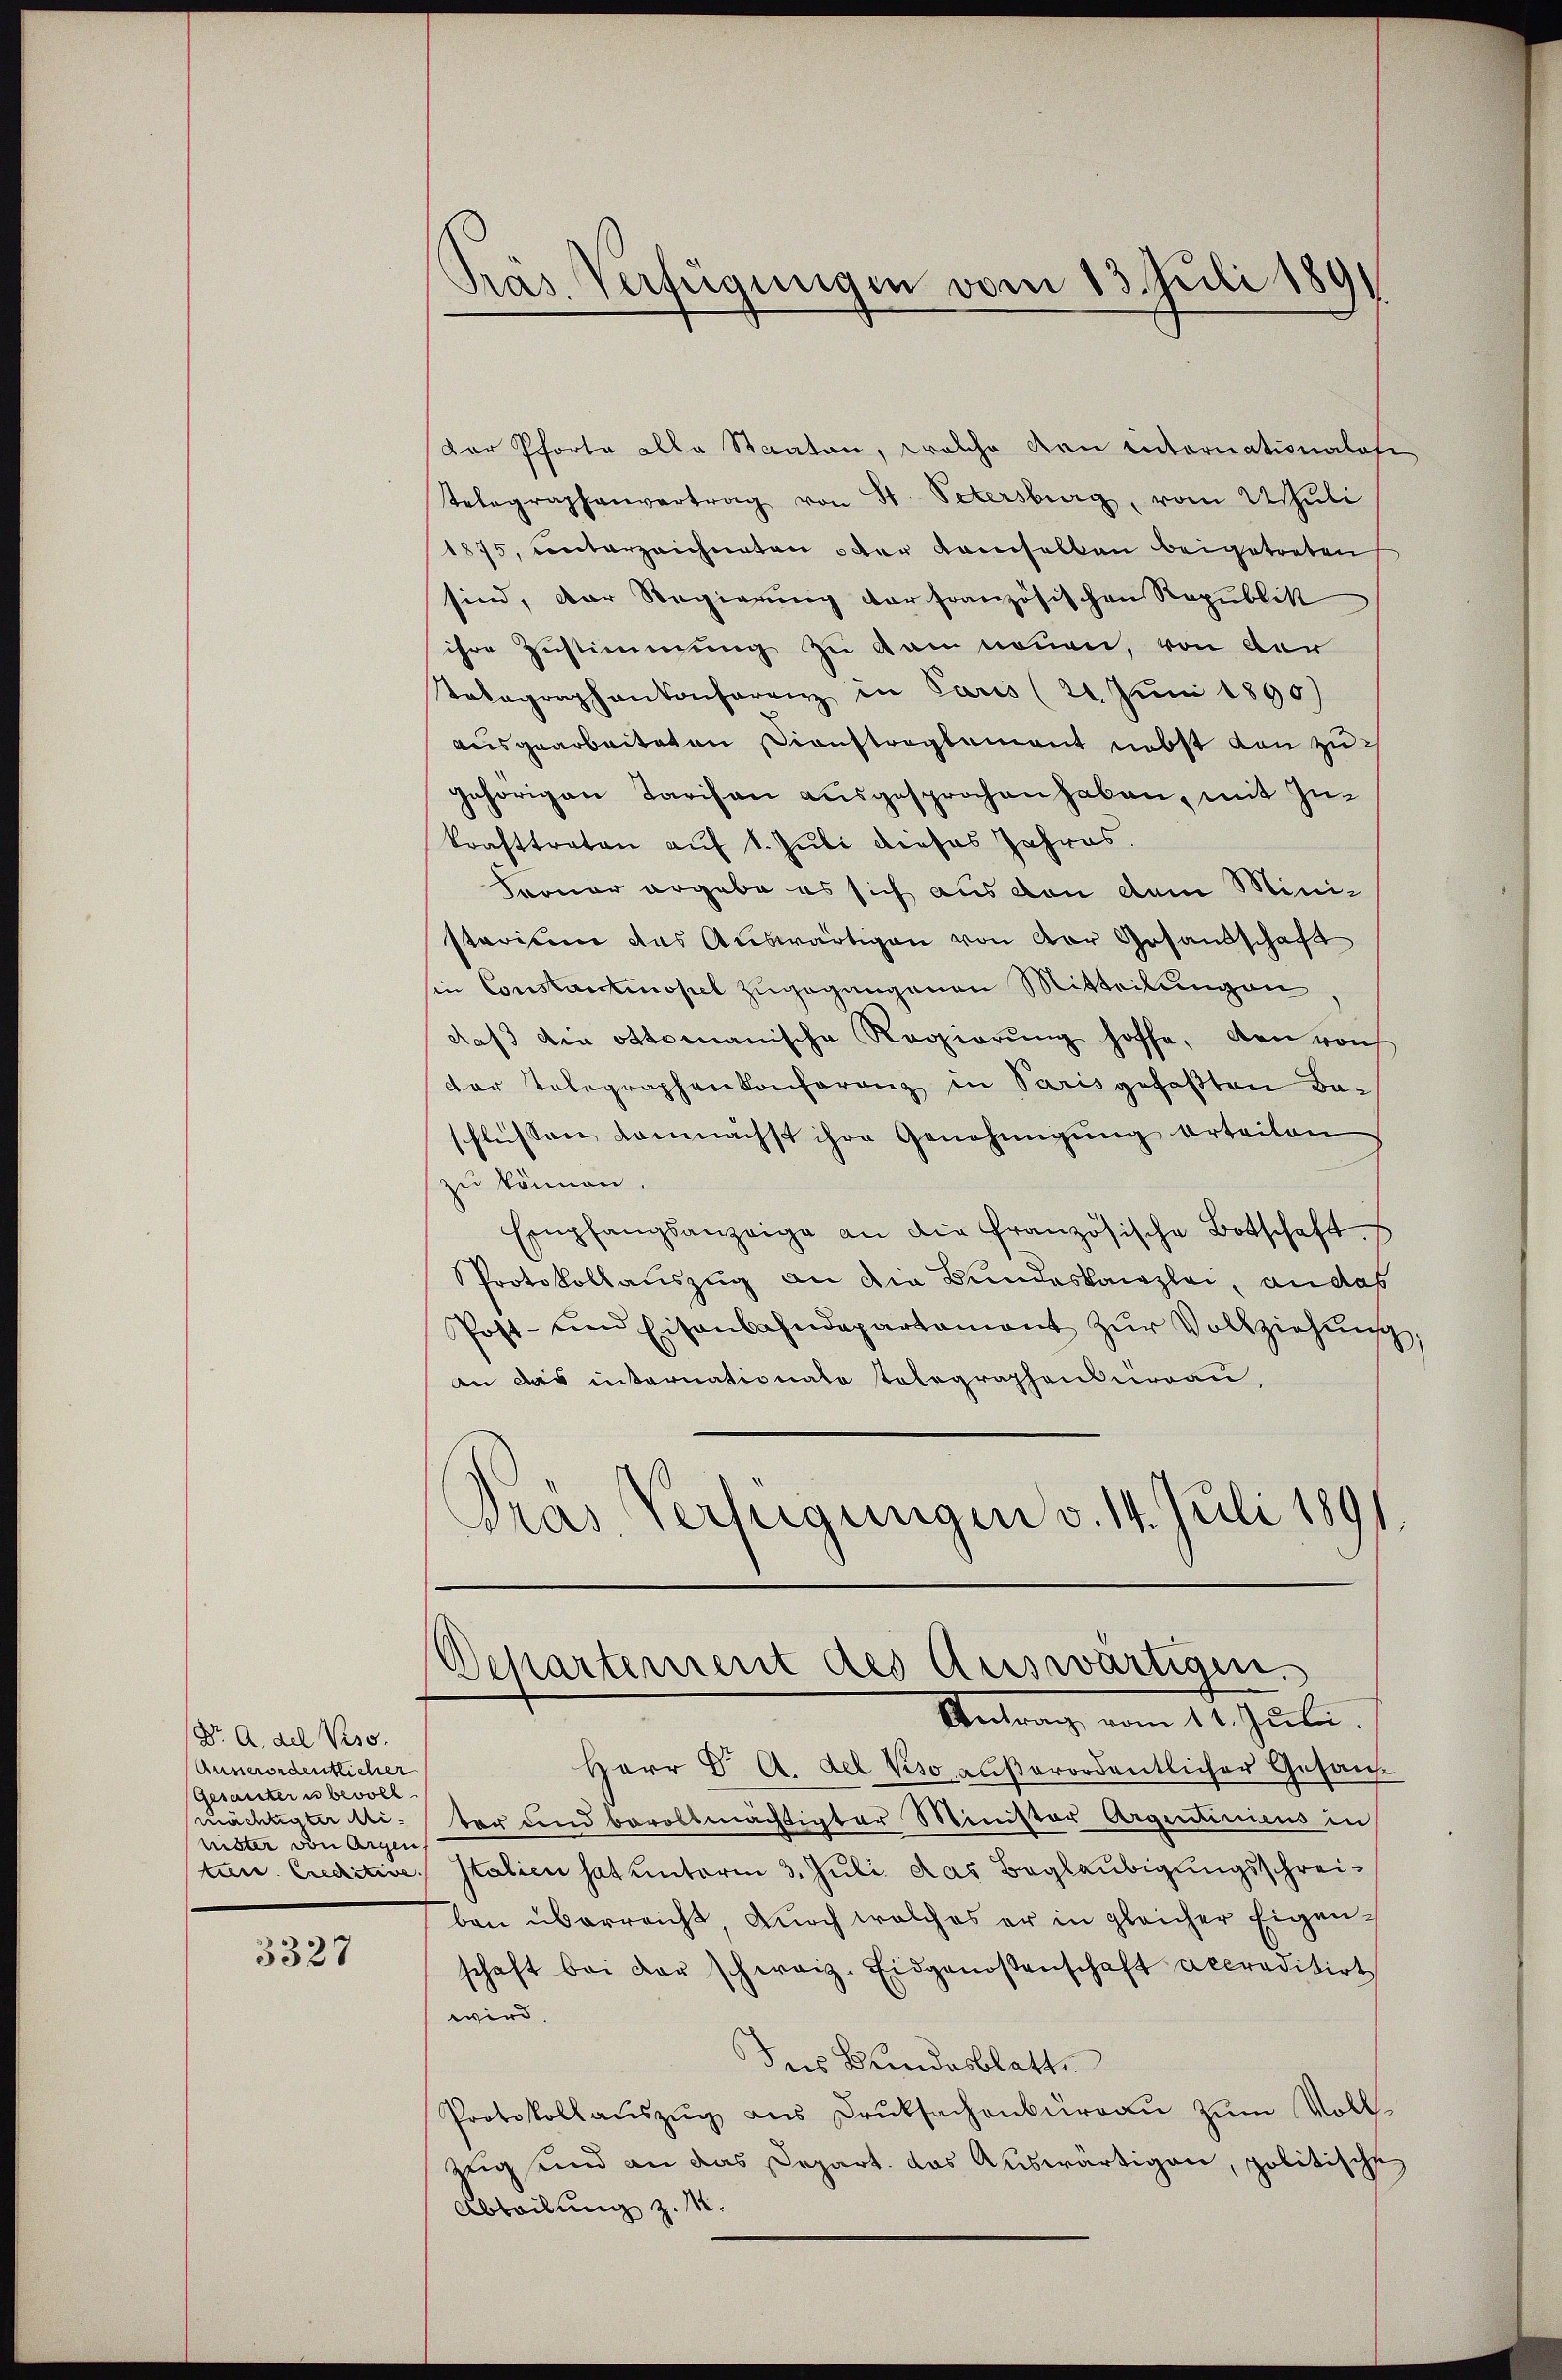
(Dr. A. del Viso.
Ausserordentlicher
Gesantern bevoll.
mächtigter Minister von Argen
tun. Erschitive.

3327

Pras. Verfügungen vom 13. Juli 1891

Der Pforte alle Staaten, welche den internationalosi
Telegraphenvertrag von St. Petersburg, vom Juli
1875, unterzeichneten oder Kamselben beigetreten
sind, der Regierung der französischen Republik
ihre Zustimmung zu kam neuen, von der
Tokagraphenkonferenz in Paris (21. Juni 1890)
ausgearbeiteten Dienstreglement nebst von zugehörigen Tarison ausgesprochen haben, mit Zukrafttraten auf 1. Juli dieses Jahres.
Feonar ergebe es sich aus den dem Ministarium das Auswärtigen von der Gesandschaft
ie Constantinopel zugegangenen Mitteilŭngen.
daβ die ottomanische Regierŭng hoffe, den von
der Telegraphenkonferenz in Paris gefaßten Baschlüssen demnächst ihre Genehmigung urteilen
zu können.
Empfangsanzeige an die französische Botschaft.
Protokollauszug an die Bundeskanzlei, an das
Post- und Eisenbahndepartament zŭr Vollziehŭng,
An das internationale tolographenbureau,
Dras Verfügungen v. 14. Juli 1891.

Departement des Auswärtigen.
Antrag vom 11. Juli.

Herr Dr. A. del Kso außerordentlicher Gesandt
ter und bevollmächtigter Minister Argentinicus in
Italien hat unterm 3. Juli das Beglaubigungsschreiben überreicht, durch welches er in gleicher Eigenschaft bei der schweiz. Eidgenossenschaft accreditirt
wird.
Ins Bundesblatte
Protokollaŭszŭg ans Druksachenbŭrgaŭ zŭm Voll-
zig und an das Depart. das Auswärtigen, politische
Abteilung z. K.